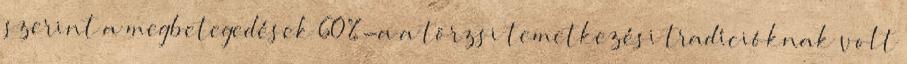
szerint a megbetegedések 60%-a a törzsi temetkezési tradícióknak volt